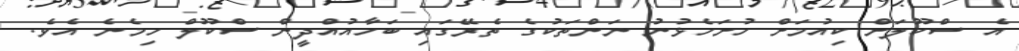
އެ ސްކޫލަށް ކިއުމަށް ހުށަހެޅުނު ނަންތަކުގެ ތެރޭގައި ބަހާއުއްދީން ސްކޫލް ހިމެނެ އެވެ.